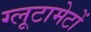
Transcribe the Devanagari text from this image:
ग्लूटामेटों